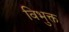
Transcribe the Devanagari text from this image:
विभुक्त